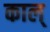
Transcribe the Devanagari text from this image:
काल्